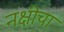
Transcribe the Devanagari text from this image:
नक्षीचा